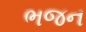
ભજન